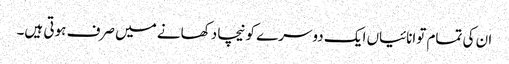
ان کی تمام توانائیاں ایک دوسرے کو نیچا دکھانے میں صرف ہوتی ہیں۔